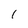
Character: 1